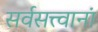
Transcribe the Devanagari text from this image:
सर्वसत्त्वानां